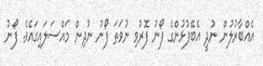
އެއްބާރުލުން ނުދީ އެބޭފުޅުންގެ ފޯނު ފޮރުވި ނުވަތަ ފޯނު ނުދިން މައްސަލައިގައެވެ. ފޯނު